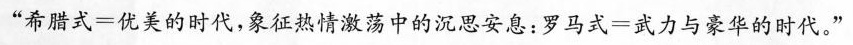
”希腊式=优美的时代，象征热情激荡中的沉思安息：罗马式=武力与豪华的时代。